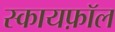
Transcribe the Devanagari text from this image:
स्कायफ़ॉल